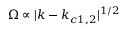
\Omega \propto | k - k _ { c 1 , 2 } | ^ { 1 / 2 }